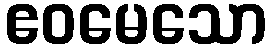
ဧဝမေသော